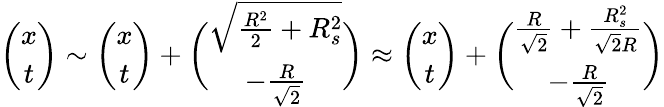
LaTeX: {\binom{x}{t}}\sim{\binom{x}{t}}+{\binom{\sqrt{{\frac{R^{2}}{2}}+R_{s}^{2}}}{-{\frac{R}{\sqrt{2}}}}}\approx{\binom{x}{t}}+{\binom{{\frac{R}{\sqrt{2}}}+{\frac{R_{s}^{2}}{\sqrt{2}R}}}{-{\frac{R}{\sqrt{2}}}}}